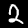
Digit: 2